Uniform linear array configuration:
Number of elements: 24
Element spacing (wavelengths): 1
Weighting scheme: hamming
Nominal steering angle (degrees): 0
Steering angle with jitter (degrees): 1.376
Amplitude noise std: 0.05
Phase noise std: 0.05

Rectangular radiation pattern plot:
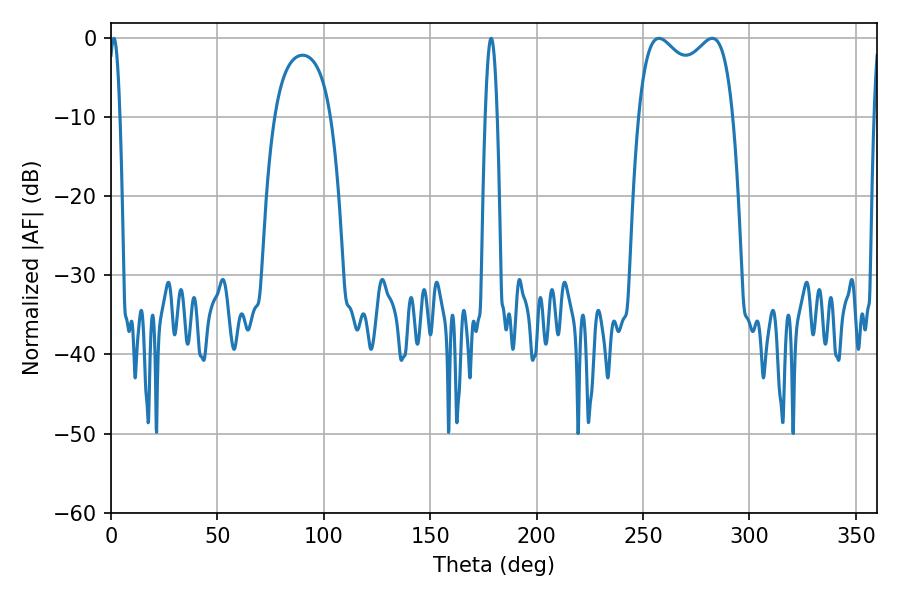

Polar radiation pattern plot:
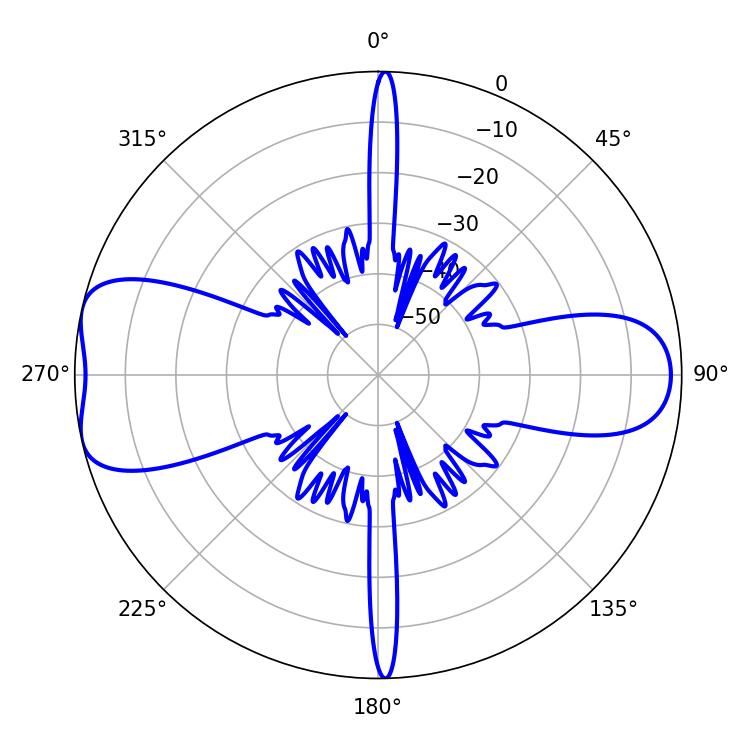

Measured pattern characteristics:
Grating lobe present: TRUE
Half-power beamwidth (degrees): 36.72
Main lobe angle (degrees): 257.4